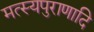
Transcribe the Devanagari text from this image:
मत्स्यपुराणादि